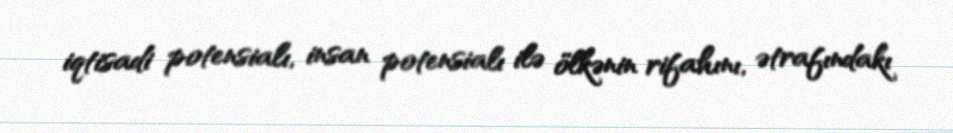
iqtisadi potensialı, insan potensialı ilə ölkənin rifahını, ətrafındakı